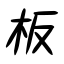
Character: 板